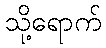
သို့ရောက်